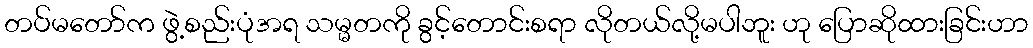
တပ်မတော်က ဖွဲ့စည်းပုံအရ သမ္မတကို ခွင့်တောင်းစရာ လိုတယ်လို့မပါဘူး ဟု ပြောဆိုထားခြင်းဟာ